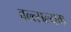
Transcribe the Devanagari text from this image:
वल्त्सल्यम